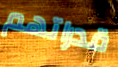
قدراتهم